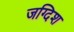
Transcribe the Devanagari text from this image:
जग्दिश